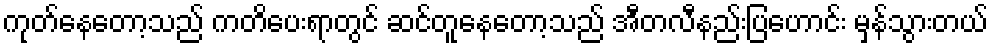
ကုတ်နေတော့သည် ကတိပေးရာတွင် ဆင်တူနေတော့သည် အီတလီနည်းပြဟောင်း မှန်သွားတယ်